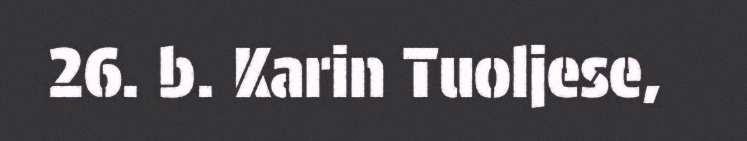
26. b. Karin Tuoljese,